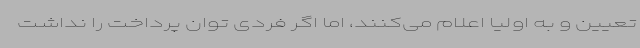
تعیین و به اولیا اعلام می‌کنند، اما اگر فردی توان پرداخت را نداشت